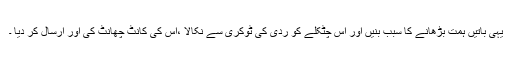
یہی باتیں ہمت بڑھانے کا سبب بنیں اور اس چٹکلے کو ردی کی ٹوکری سے نکالا ،اس کی کانٹ چھانٹ کی اور ارسال کر دیا ۔